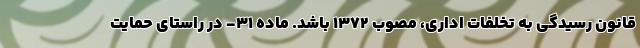
قانون رسیدگی به تخلفات اداری، مصوب ۱۳۷۲ باشد. ماده ۳۱- در راستای حمایت